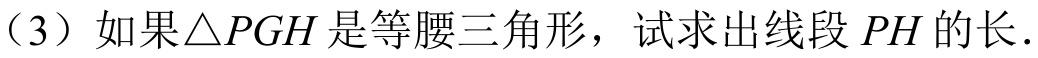
（3）如果\(\triangle PGH\)是等腰三角形，试求出线段\(PH\)的长．